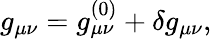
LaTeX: g_{\mu\nu}=g_{\mu\nu}^{(0)}+\delta g_{\mu\nu},